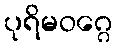
ပုရိမဝဂ္ဂေ